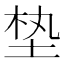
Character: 𪣖